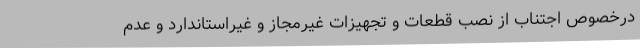
درخصوص اجتناب از نصب قطعات و تجهیزات غیرمجاز و غیراستاندارد و عدم